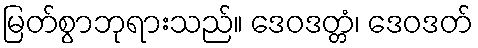
မြတ်စွာဘုရားသည်။ ဒေဝဒတ္တံ၊ ဒေဝဒတ်